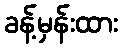
ခန့်မှန်းထား